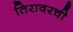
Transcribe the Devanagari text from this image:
तिरावरची